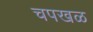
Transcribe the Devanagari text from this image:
चपखळ